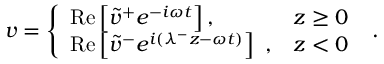
v = \left\{ \begin{array} { l l } { \mathrm { R e } \left[ \tilde { v } ^ { + } e ^ { - i \omega t } \right] , } & { z \geq 0 } \\ { \mathrm { R e } \left[ \tilde { v } ^ { - } e ^ { i ( \lambda ^ { - } z - \omega t ) } \right] ~ , } & { z < 0 } \end{array} \right. ~ .